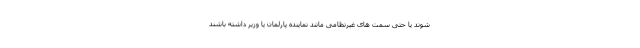
شوند یا حتی سمت های غیرنظامی مانند نماینده پارلمان یا وزیر داشته باشند